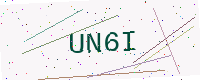
Text: UN6I